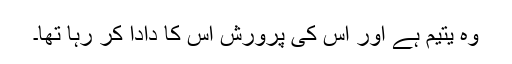
وہ یتیم ہے اور اس کی پرورش اس کا دادا کر رہا تھا۔